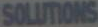
SOLUTIONS